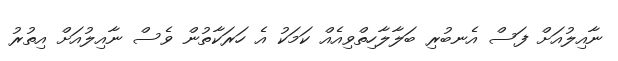
ނާއިލުއަށް ފަސް އެނބުރި ބަލާލާހިތްވިއެއް ކަމަކު އެ ހަރަކާތުން ވެސް ނާއިލުއަށް އިތުރު